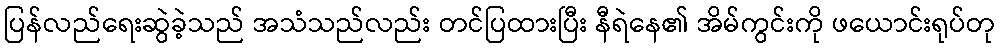
ပြန်လည်ရေးဆွဲခဲ့သည် အသံသည်လည်း တင်ပြထားပြီး နီရဲနေ၏ အိမ်ကွင်းကို ဖယောင်းရုပ်တု